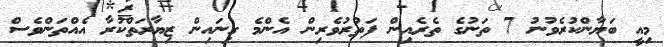
މިއީ ބަޔާންކުރެވުނު 7 ތަނުގެ ތެރެއިން ފަތުރުވެރިން އެންމެ ގިނައިން ޒިޔާރަތްކުރާ އެއްތަންވެސް